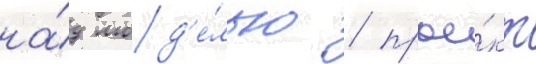
на́д мод'е́лью / прое́кт